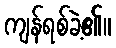
ကျန်ရစ်ခဲ့၏။